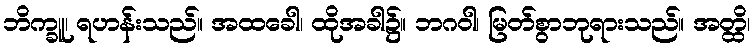
ဘိက္ခူ၊ ရဟန်းသည်။ အထခေါ၊ ထိုအခါ၌။ ဘဂဝါ၊ မြတ်စွာဘုရားသည်။ အတ္ထိ၊